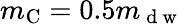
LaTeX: m_{\mathrm{C}}=0.5m_{\mathrm{~d~w~}}